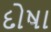
દોષા